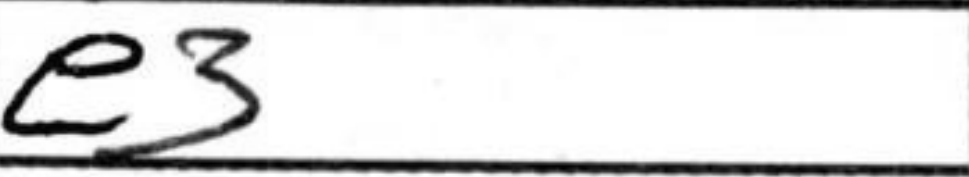
Transcription: e3